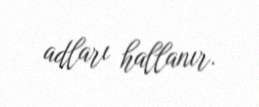
adları hallanır.